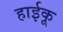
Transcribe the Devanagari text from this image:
हाईकू